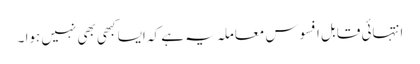
انتہائی قابل افسوس معاملہ یہ ہے کہ ایسا کبھی بھی نہیں ہوا ۔